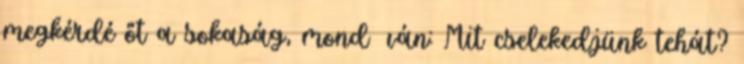
megkérdé őt a sokaság, mond− ván: Mit cselekedjünk tehát?